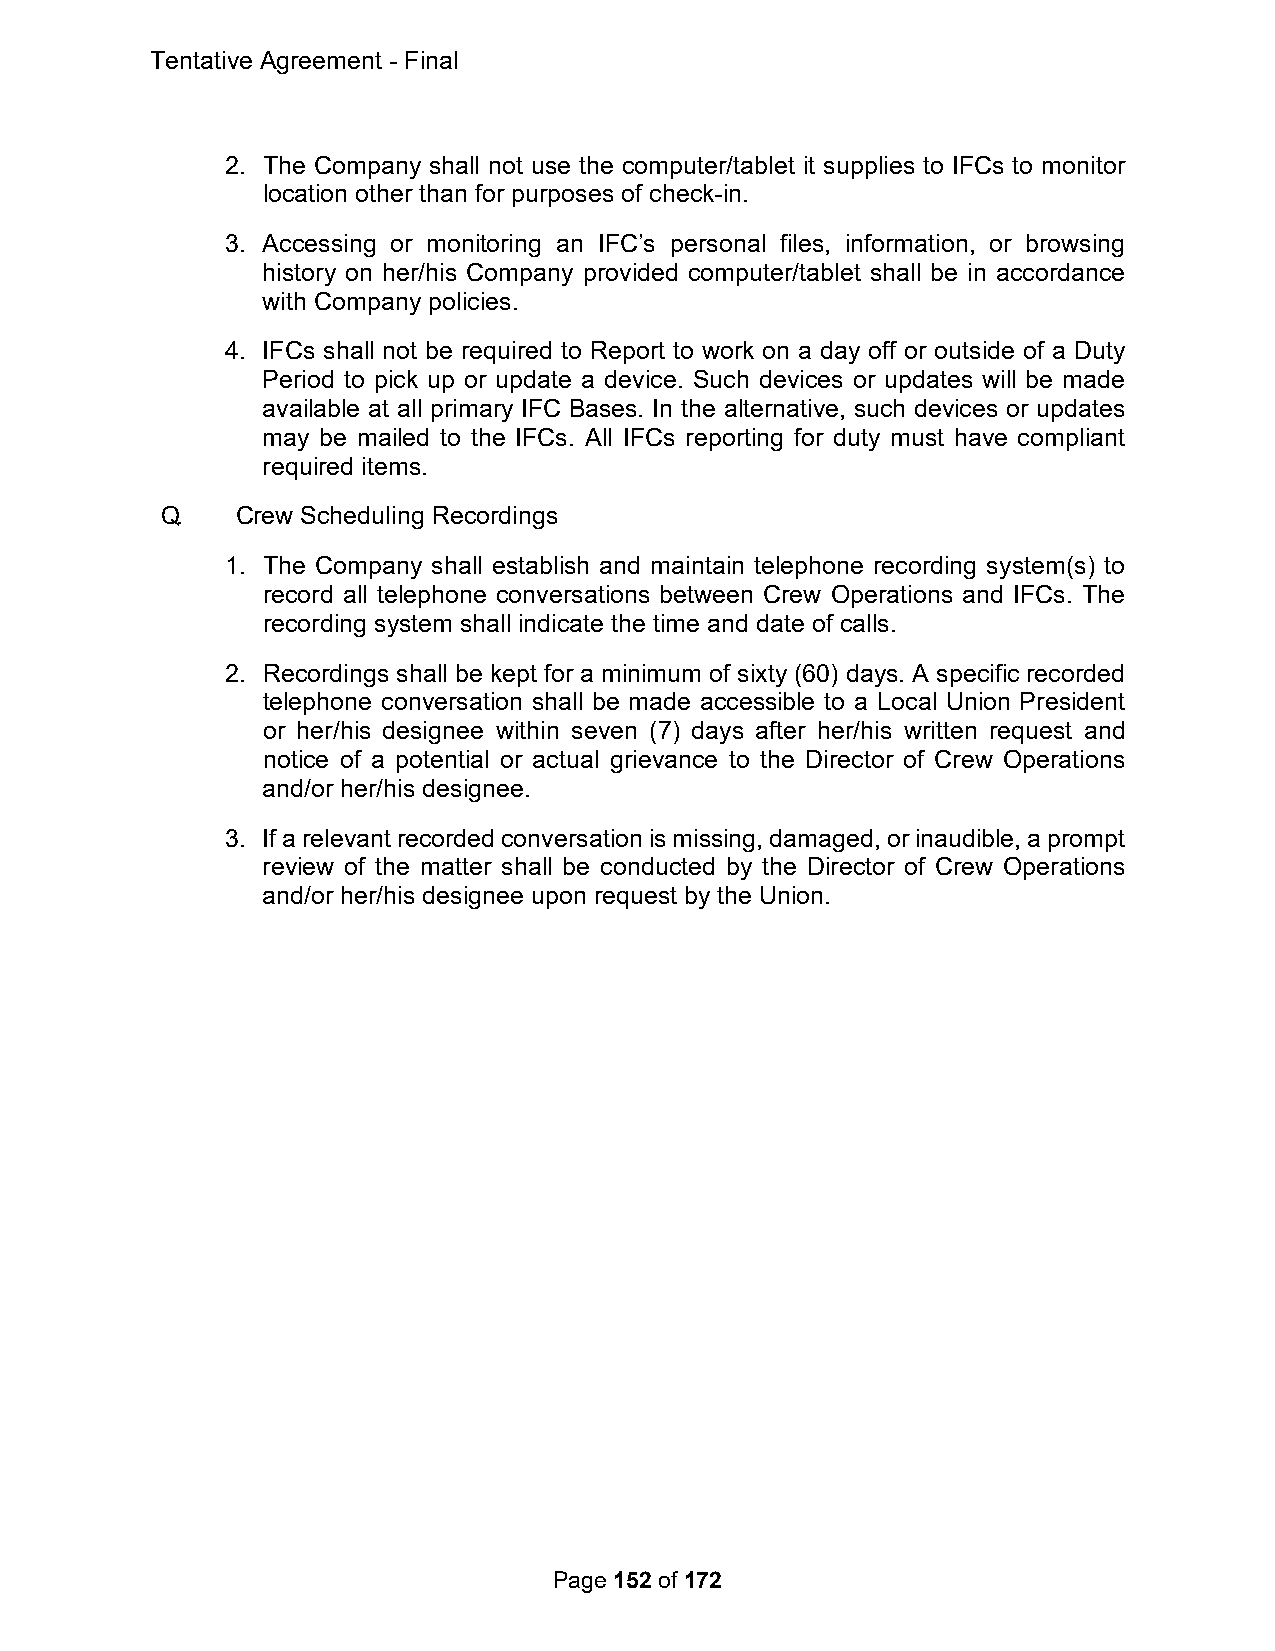
Tentative Agreement - Final
 2. The Company shall not use the computer/tablet it supplies to IFCs to monitor
 location other than for purposes of check-in.
 3. Accessing or monitoring an IFC’s personal files, information, or browsing
 history on her/his Company provided computer/tablet shall be in accordance
 with Company policies.
 4. IFCs shall not be required to Report to work on a day off or outside of a Duty
 Period to pick up or update a device. Such devices or updates will be made
 available at all primary IFC Bases. In the alternative, such devices or updates
 may be mailed to the IFCs. All IFCs reporting for duty must have compliant
 required items.
 Q.   Crew Scheduling Recordings
 1. The Company shall establish and maintain telephone recording system(s) to
 record all telephone conversations between Crew Operations and IFCs. The
 recording system shall indicate the time and date of calls.
 2. Recordings shall be kept for a minimum of sixty (60) days. A specific recorded
 telephone conversation shall be made accessible to a Local Union President
 or her/his designee within seven (7) days after her/his written request and
 notice of a potential or actual grievance to the Director of Crew Operations
 and/or her/his designee.
 3. If a relevant recorded conversation is missing, damaged, or inaudible, a prompt
 review of the matter shall be conducted by the Director of Crew Operations
 and/or her/his designee upon request by the Union.
 Page 152 of 172